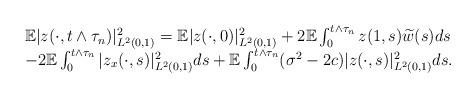
LaTeX: \begin{align*}\begin{array}{l}\mathbb{E}|z(\cdot,t\wedge \tau_{n})|^2_{L^2(0,1)}=\mathbb{E}|z(\cdot,0)|^2_{L^2(0,1)}+2\mathbb{E}\int_0^{t\wedge \tau_{n}}z(1,s)\widetilde{w}(s)ds\cr -2\mathbb{E}\int_0^{t\wedge \tau_{n}}|z_x(\cdot,s)|^2_{L^2(0,1)}ds+\mathbb{E}\int_0^{t\wedge \tau_{n}}(\sigma^2-2c)|z(\cdot,s)|^2_{L^2(0,1)}ds.\end{array}\end{align*}